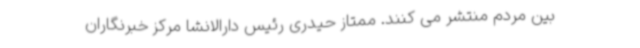
بین مردم منتشر می کنند. ممتاز حیدری رئیس دارالانشا مرکز خبرنگاران